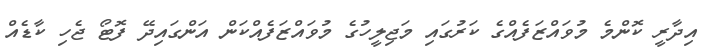
އިދާރީ ކޮންމެ މުވައްޒަފެއްގެ ކަރުގައި މަޖިލީހުގެ މުވައްޒަފެއްކަން އަންގައިދޭ ފޮޓޯ ޖެހި ކާޑެއް